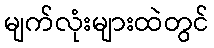
မျက်လုံးများထဲတွင်